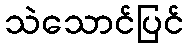
သဲသောင်ပြင်